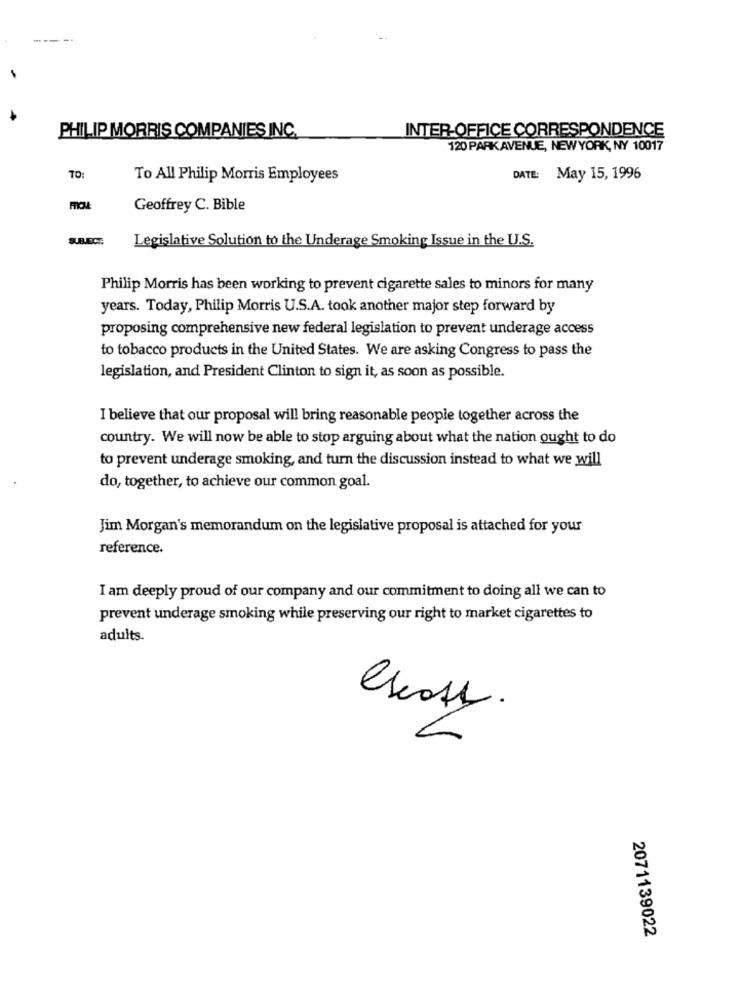
PHILIP MORRIS COMPANIES INC.
INTER-OFFICE CORRESPONDENCE
120 PARK AVENUE, NEWYORK, NY 10017
TO:
To All Philip Morris Employees
DATE: May 15, 1996
Geoffrey C. Bible
SURECE
Legislative Solution to the Underage Smoking Issue in the U.S.
Philip Morris has been working to prevent cigarette sales to minors for many
years. Today, Philip Morris U.S.A. took another major step forward by
proposing comprehensive new federal legislation to prevent underage access
to tobacco products in the United States. We are asking Congress to pass the
legislation, and President Clinton to sign it, as soon as possible.
I believe that our proposal will bring reasonable people together across the
country. We will now be able to stop arguing about what the nation ought to do
to prevent underage smoking, and turn the discussion instead to what we will
do, together, to achieve our common goal.
Jim Morgan's memorandum on the legislative proposal is attached for your
reference.
I am deeply proud of our company and our commitment to doing all we can to
prevent underage smoking while preserving our right to market cigarettes to
adults.
IN
2071139022